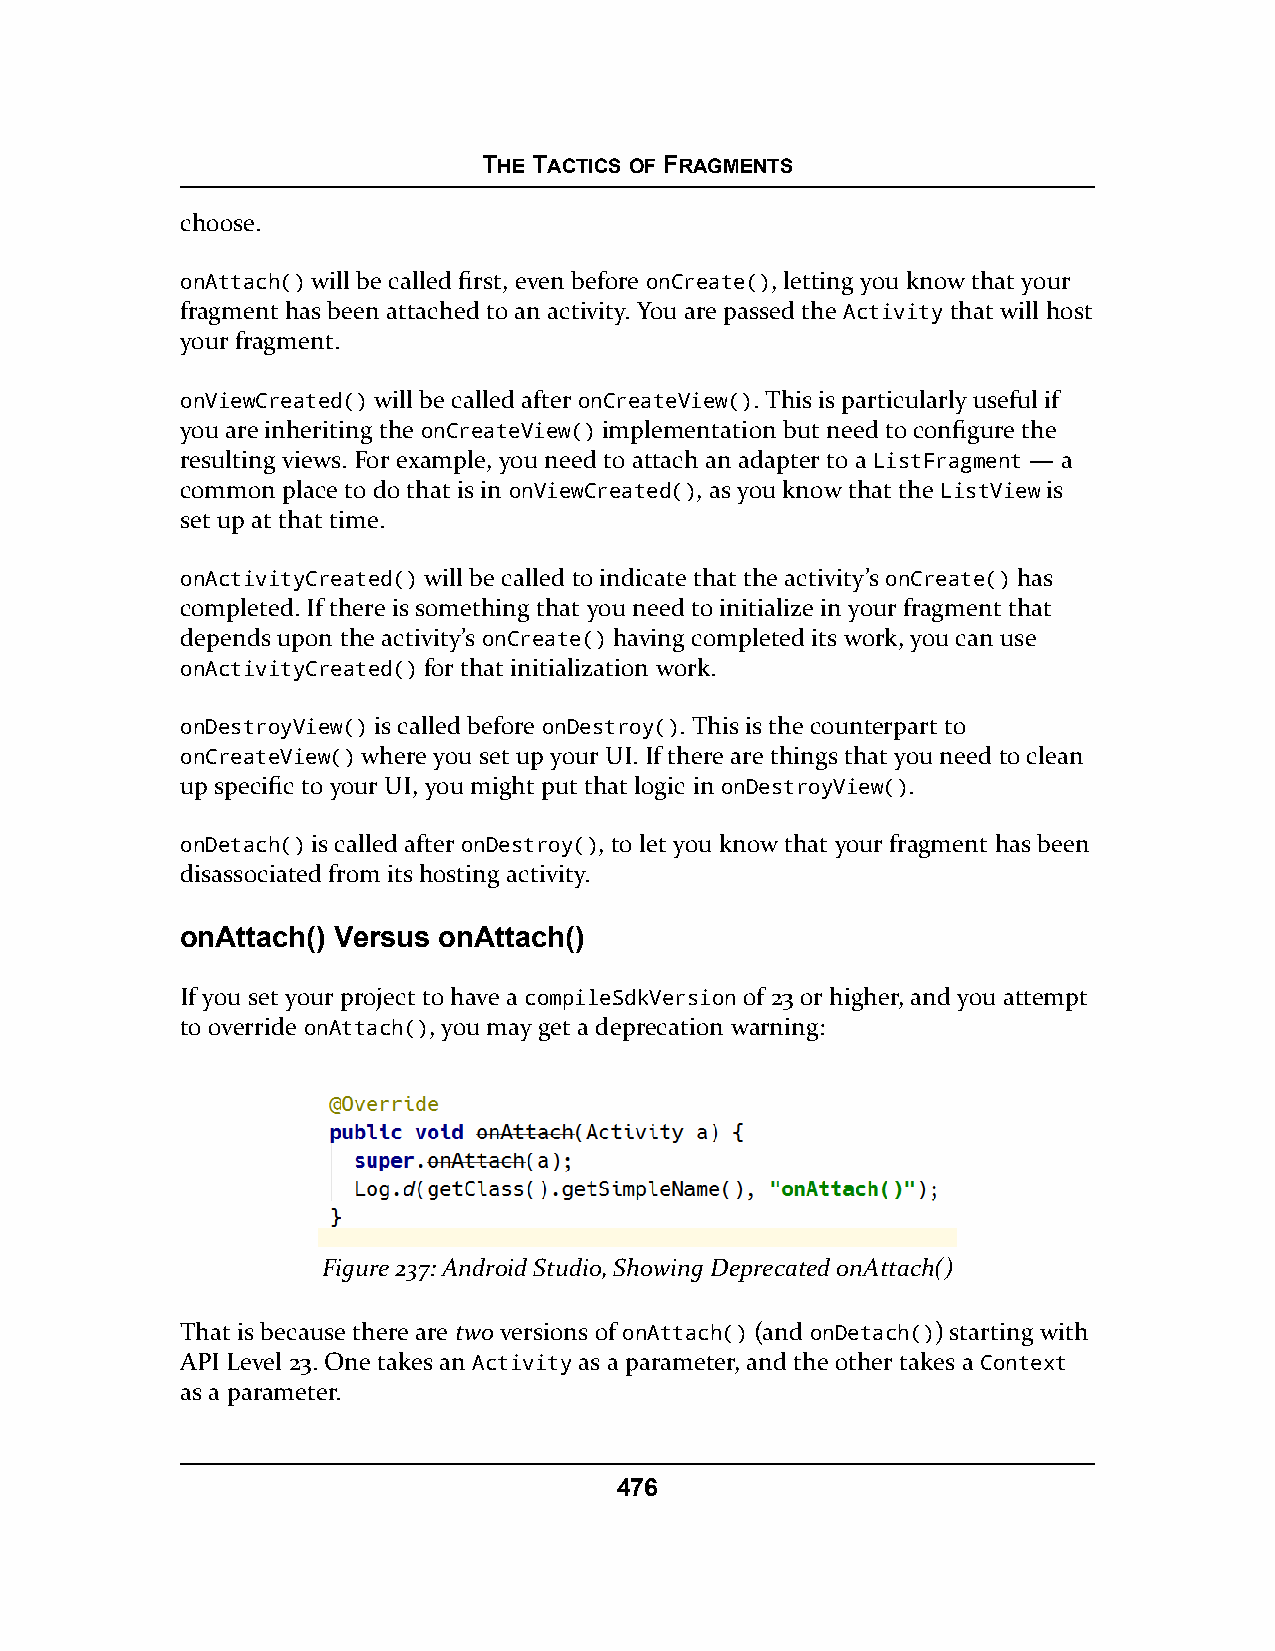
THE TACTICS OF FRAGMENTS
 choose.
 onAttach() will be called first, even before onCreate(), letting you know that your
 fragment has been attached to an activity. You are passed the Activity that will host
 your fragment.
 onViewCreated() will be called after onCreateView(). This is particularly useful if
 you are inheriting the onCreateView() implementation but need to configure the
 resulting views. For example, you need to attach an adapter to a ListFragment — a
 common place to do that is in onViewCreated(), as you know that the ListView is
 set up at that time.
 onActivityCreated() will be called to indicate that the activity’s onCreate() has
 completed. If there is something that you need to initialize in your fragment that
 depends upon the activity’s onCreate() having completed its work, you can use
 onActivityCreated() for that initialization work.
 onDestroyView() is called before onDestroy(). This is the counterpart to
 onCreateView() where you set up your UI. If there are things that you need to clean
 up specific to your UI, you might put that logic in onDestroyView().
 onDetach() is called after onDestroy(), to let you know that your fragment has been
 disassociated from its hosting activity.
 onAttach() Versus onAttach()
 If you set your project to have a compileSdkVersion of 23 or higher, and you attempt
 to override onAttach(), you may get a deprecation warning:
 Figure 237: Android Studio, Showing Deprecated onAttach()
 That is because there are two versions of onAttach() (and onDetach()) starting with
 API Level 23. One takes an Activity as a parameter, and the other takes a Context
 as a parameter.
 476